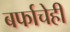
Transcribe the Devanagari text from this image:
बर्फाचेही